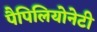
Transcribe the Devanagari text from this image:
पैपिलियोनेटी